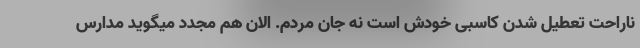
ناراحت تعطیل شدن کاسبی خودش است نه جان مردم. الان هم مجدد میگوید مدارس